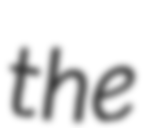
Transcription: the